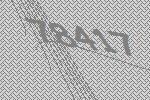
78417